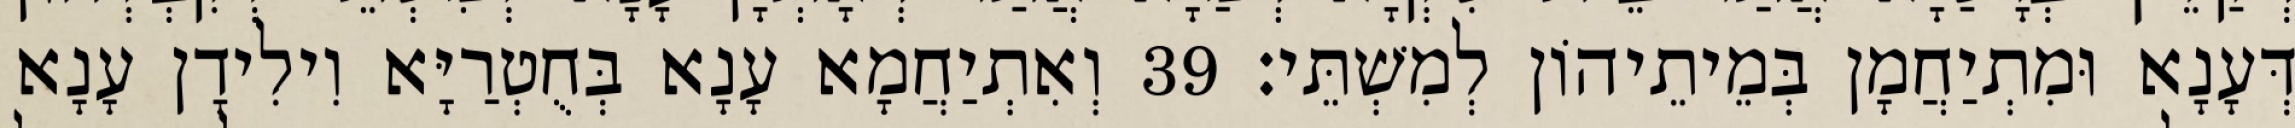
דְּעָנָא וּמִתְיַחֲמָן בְּמֵיתֵיהוֹן לְמִשְׁתֵּי׃ 39 וְאִתְיַחֲמָא עָנָא בְּחֻטְרַיָּא וִילִידָן עָנָא